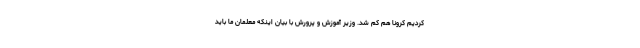
کردیم کرونا هم کم شد. وزیر آموزش و پرورش با بیان اینکه معلمان ما باید